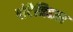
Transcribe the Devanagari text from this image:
वोटैनिकल